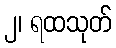
၂၊ ရထသုတ်